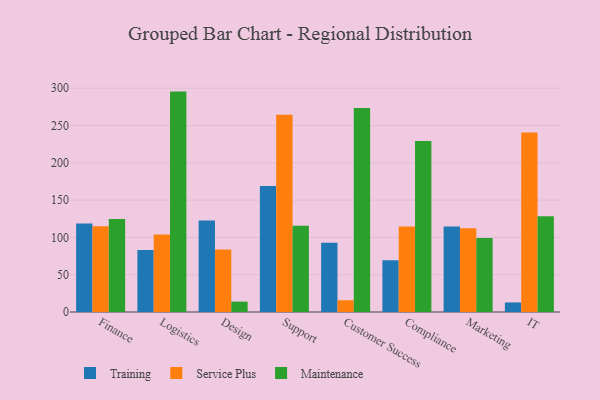
{"axis": {"x": "Department", "y": "Shipments"}, "legend": ["Maintenance", "Service Plus", "Training"], "data": [{"x": "Finance", "y": 118.7, "type": "Training"}, {"x": "Finance", "y": 115.1, "type": "Service Plus"}, {"x": "Finance", "y": 124.6, "type": "Maintenance"}, {"x": "Logistics", "y": 83.0, "type": "Training"}, {"x": "Logistics", "y": 103.8, "type": "Service Plus"}, {"x": "Logistics", "y": 295.5, "type": "Maintenance"}, {"x": "Design", "y": 122.7, "type": "Training"}, {"x": "Design", "y": 83.8, "type": "Service Plus"}, {"x": "Design", "y": 13.9, "type": "Maintenance"}, {"x": "Support", "y": 169.1, "type": "Training"}, {"x": "Support", "y": 264.3, "type": "Service Plus"}, {"x": "Support", "y": 115.6, "type": "Maintenance"}, {"x": "Customer Success", "y": 93.0, "type": "Training"}, {"x": "Customer Success", "y": 15.8, "type": "Service Plus"}, {"x": "Customer Success", "y": 273.5, "type": "Maintenance"}, {"x": "Compliance", "y": 69.3, "type": "Training"}, {"x": "Compliance", "y": 114.5, "type": "Service Plus"}, {"x": "Compliance", "y": 229.2, "type": "Maintenance"}, {"x": "Marketing", "y": 114.6, "type": "Training"}, {"x": "Marketing", "y": 112.4, "type": "Service Plus"}, {"x": "Marketing", "y": 99.2, "type": "Maintenance"}, {"x": "IT", "y": 12.8, "type": "Training"}, {"x": "IT", "y": 240.6, "type": "Service Plus"}, {"x": "IT", "y": 128.4, "type": "Maintenance"}]}